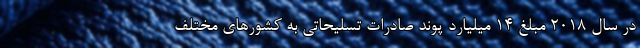
در سال ۲۰۱۸ مبلغ ۱۴ میلیارد پوند صادرات تسلیحاتی به کشورهای مختلف